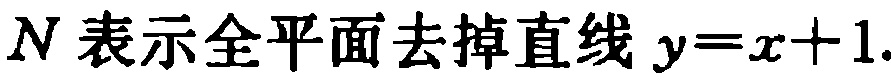
$N表示全平面去掉直线y = x + 1.$